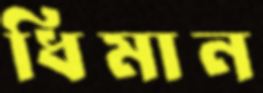
ধিমান